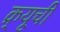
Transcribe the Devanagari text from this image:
क्र्यूची